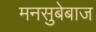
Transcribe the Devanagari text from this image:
मनसुबेबाज